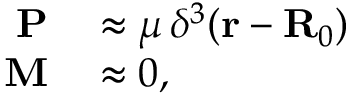
\begin{array} { r l } { \mathbf { P } } & { { } \approx \boldsymbol { \mu } \, \delta ^ { 3 } ( \mathbf { r } - \mathbf { R } _ { 0 } ) } \\ { \mathbf { M } } & { { } \approx 0 , } \end{array}